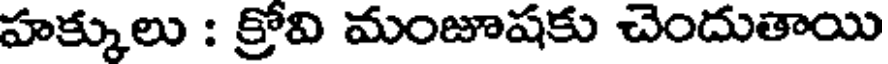
హక్కులు : క్రోవి మంజూషకు చెందుతాయి